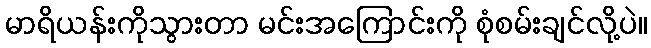
မာရိယန်းကိုသွားတာ မင်းအကြောင်းကို စုံစမ်းချင်လို့ပဲ။